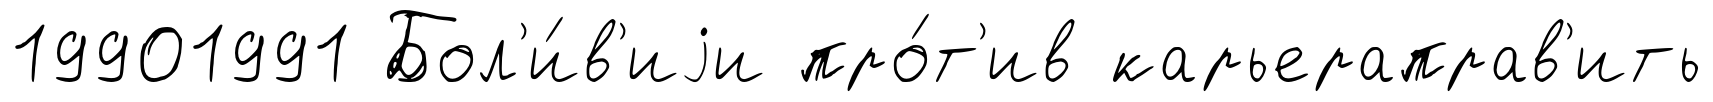
19901991 Бол'и́в'иjи про́т'ив карьераправ'ить